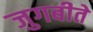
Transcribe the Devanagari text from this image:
जुगबीते